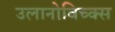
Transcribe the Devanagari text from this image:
उलानोविच्क्स